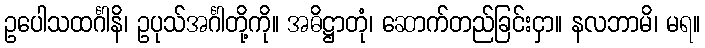
ဥပေါသထင်္ဂါနိ၊ ဥပုသ်အင်္ဂါတို့ကို။ အဓိဋ္ဌာတုံ၊ ဆောက်တည်ခြင်းငှာ။ နလဘာမိ၊ မရ။